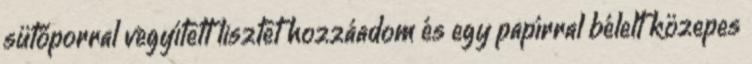
sütőporral vegyített lisztet hozzáadom és egy papírral bélelt közepes